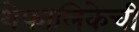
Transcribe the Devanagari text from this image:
शेफालिकेची